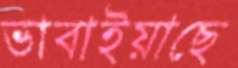
ভাবাইয়াছে